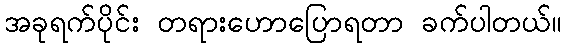
အခုရက်ပိုင်း တရားဟောပြောရတာ ခက်ပါတယ်။